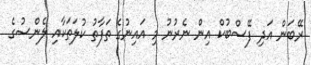
ރޭބަން އަދި ފޭސްބުކް އިން ނެރުނު މި އައިނުގެ ތަފާތު ކުލަތަކާއި ލެންސުގެ